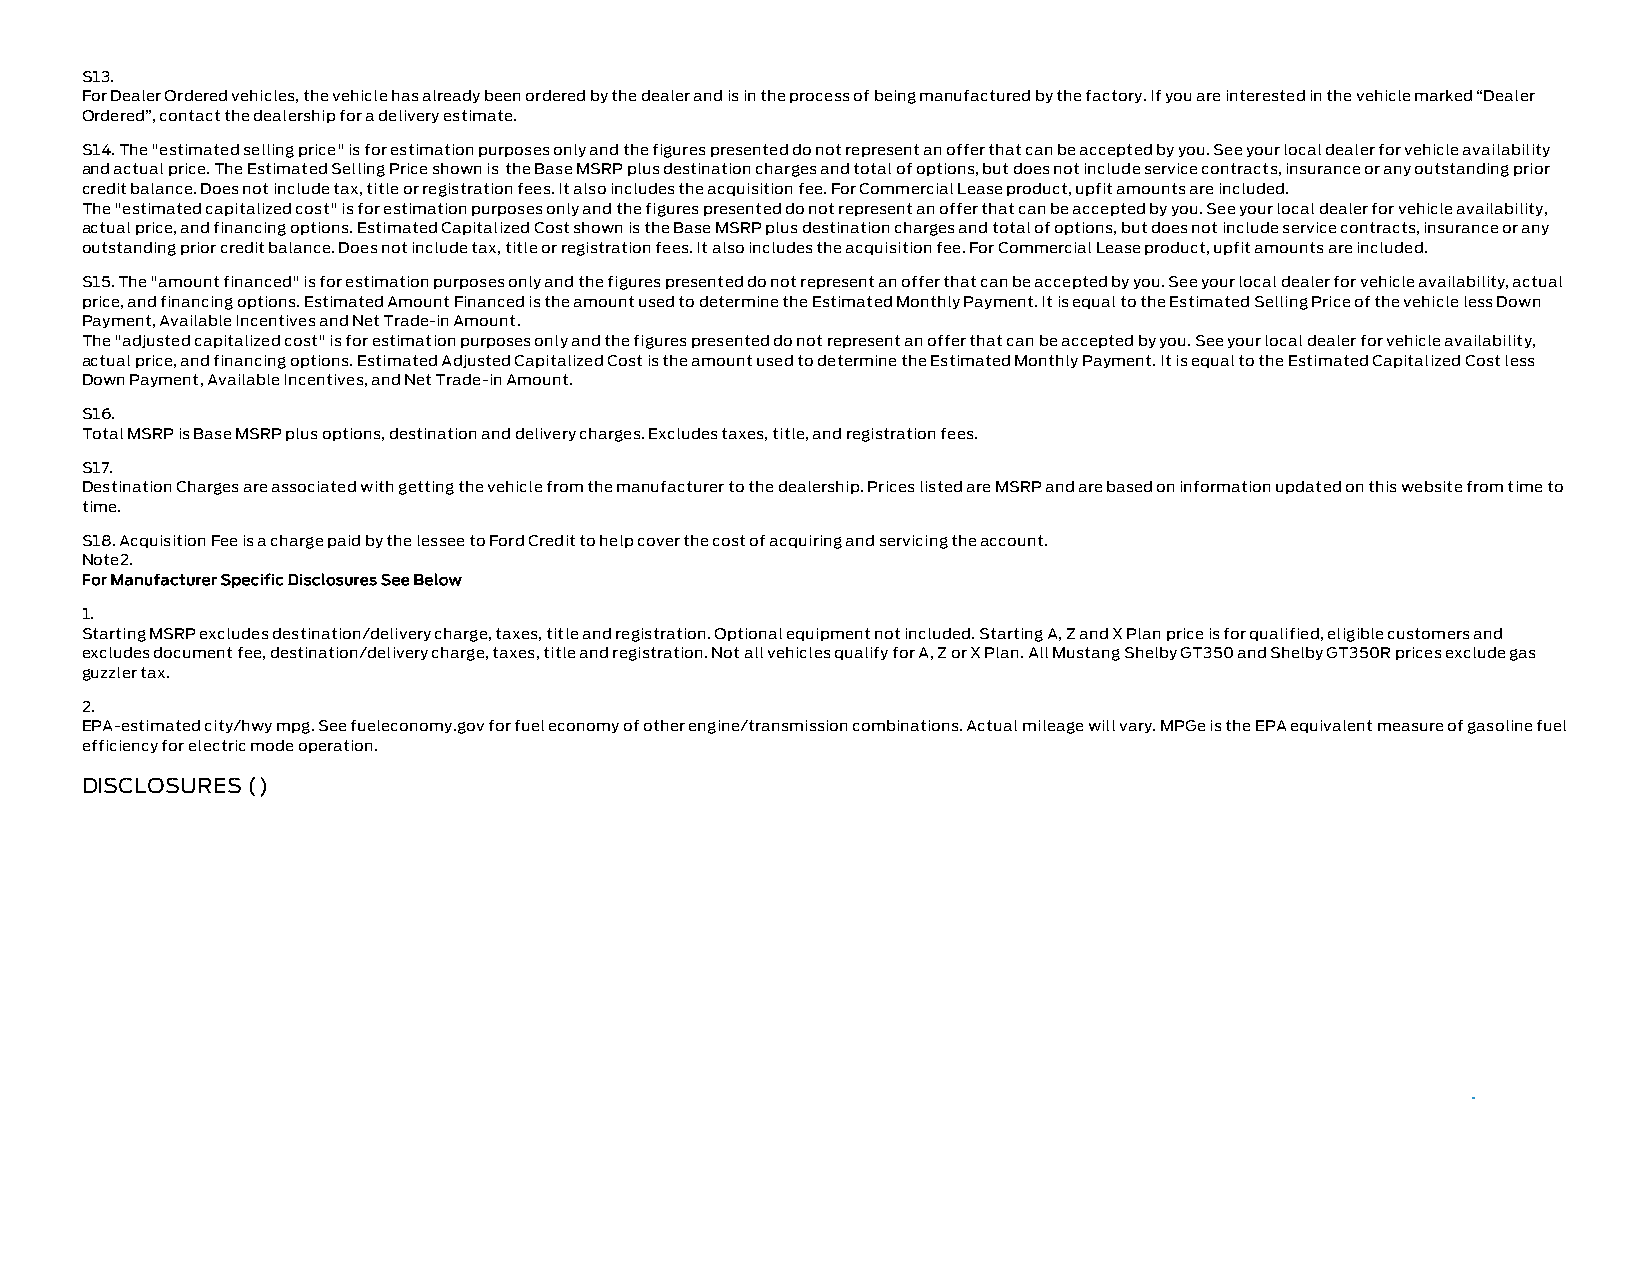
S13.
 For Dealer Ordered vehicles, the vehicle has already been ordered by the dealer and is in the process of being manufactured by the factory. If you are interested in the vehicle marked “Dealer
 Ordered”, contact the dealership for a delivery estimate.
 S14. The "estimated selling price" is for estimation purposes only and the figures presented do not represent an offer that can be accepted by you. See your local dealer for vehicle availability
 and actual price. The Estimated Selling Price shown is the Base MSRP plus destination charges and total of options, but does not include service contracts, insurance or any outstanding prior
 credit balance. Does not include tax, title or registration fees. It also includes the acquisition fee. For Commercial Lease product, upfit amounts are included.
 The "estimated capitalized cost" is for estimation purposes only and the figures presented do not represent an offer that can be accepted by you. See your local dealer for vehicle availability,
 actual price, and financing options. Estimated Capitalized Cost shown is the Base MSRP plus destination charges and total of options, but does not include service contracts, insurance or any
 outstanding prior credit balance. Does not include tax, title or registration fees. It also includes the acquisition fee. For Commercial Lease product, upfit amounts are included.
 S15. The "amount financed" is for estimation purposes only and the figures presented do not represent an offer that can be accepted by you. See your local dealer for vehicle availability, actual
 price, and financing options. Estimated Amount Financed is the amount used to determine the Estimated Monthly Payment. It is equal to the Estimated Selling Price of the vehicle less Down
 Payment, Available Incentives and Net Trade-in Amount.
 The "adjusted capitalized cost" is for estimation purposes only and the figures presented do not represent an offer that can be accepted by you. See your local dealer for vehicle availability,
 actual price, and financing options. Estimated Adjusted Capitalized Cost is the amount used to determine the Estimated Monthly Payment. It is equal to the Estimated Capitalized Cost less
 Down Payment, Available Incentives, and Net Trade-in Amount.
 S16.
 Total MSRP is Base MSRP plus options, destination and delivery charges. Excludes taxes, title, and registration fees.
 S17.
 Destination Charges are associated with getting the vehicle from the manufacturer to the dealership. Prices listed are MSRP and are based on information updated on this website from time to
 time.
 S18. Acquisition Fee is a charge paid by the lessee to Ford Credit to help cover the cost of acquiring and servicing the account.
 Note2.
 For Manufacturer Specific Disclosures See Below
 1.
 Starting MSRP excludes destination/delivery charge, taxes, title and registration. Optional equipment not included. Starting A, Z and X Plan price is for qualified, eligible customers and
 excludes document fee, destination/delivery charge, taxes, title and registration. Not all vehicles qualify for A, Z or X Plan. All Mustang Shelby GT350 and Shelby GT350R prices exclude gas
 guzzler tax.
 2.
 EPA-estimated city/hwy mpg. See fueleconomy.gov for fuel economy of other engine/transmission combinations. Actual mileage will vary. MPGe is the EPA equivalent measure of gasoline fuel
 efficiency for electric mode operation.
 DISCLOSURES ()